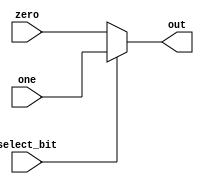
module MUX32 (
    input [31:0] zero, one,
    input select_bit,
    output [31:0] out
);
    assign out = ( select_bit == 1'b0 ) ? zero : one;
endmodule